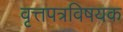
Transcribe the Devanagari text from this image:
वृत्तपत्रविषयक